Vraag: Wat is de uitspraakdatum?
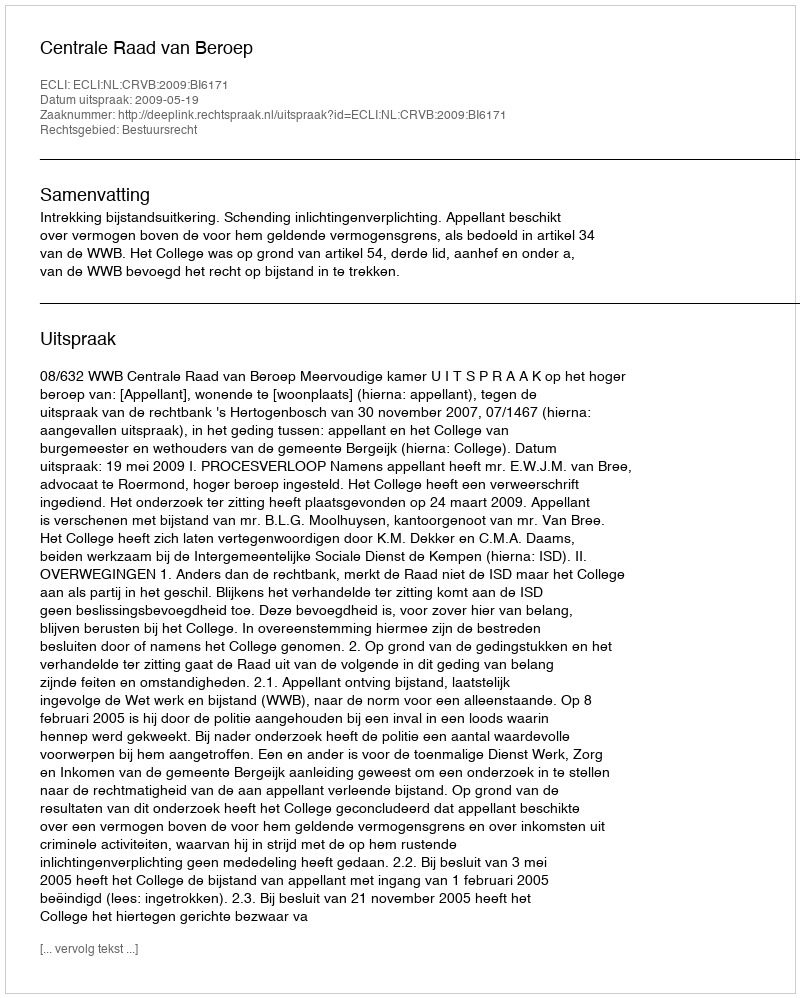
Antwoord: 2009-05-19